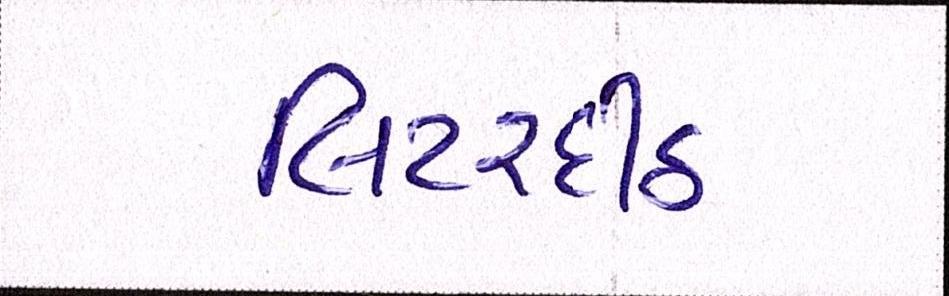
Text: લિટરદીઠ